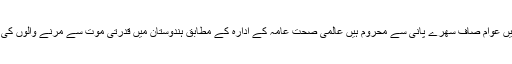
اترا کھنڈ جیسے ریاستو ں میں عوام صاف سھرے پانی سے محروم ہیں عالمی صحت عامہ کے ادارہ کے مطابق ہندوستان میں قدرتی موت سے مرنے والوں کی تعداد کا تناسب بہت کم ہے۔